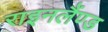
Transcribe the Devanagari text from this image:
राइनलैंण्ड